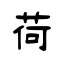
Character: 荷